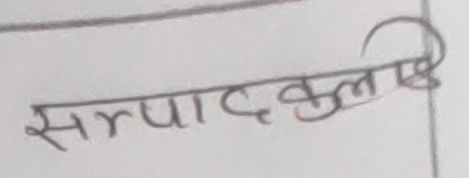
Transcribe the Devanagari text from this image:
सम्पादकइ